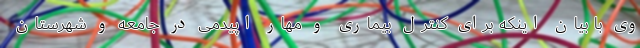
وی با بیان اینکه برای کنترل بیماری و مهار اپیدمی در جامعه و شهرستان